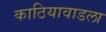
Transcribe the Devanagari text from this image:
काठियावाडला